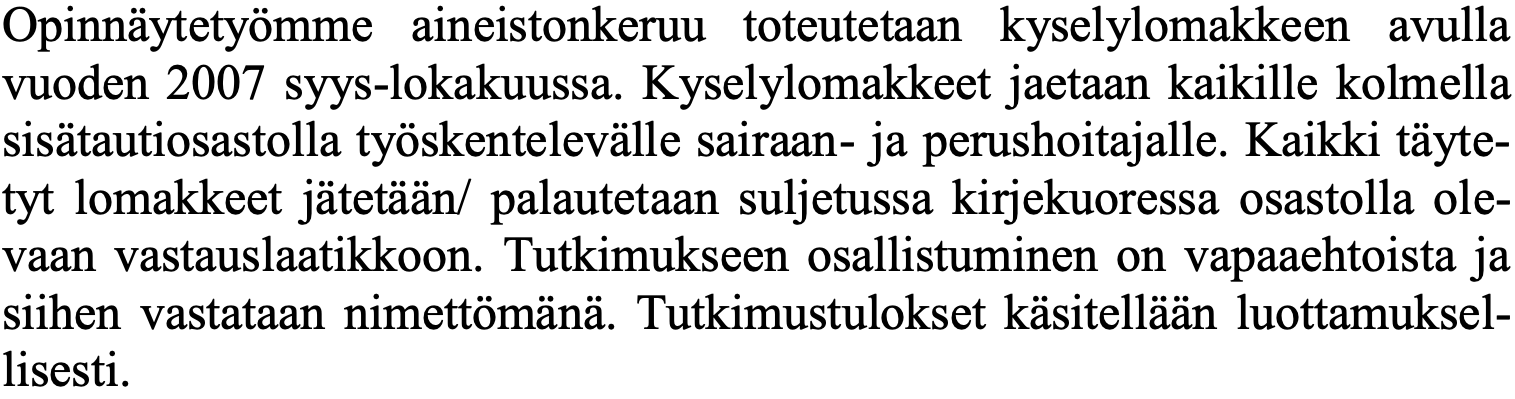
Opinnäytetyömme aineistonkeruu toteutetaan kyselylomakkeen avulla vuoden 2007 syys-lokakuussa. Kyselylomakkeet jaetaan kaikille kolmella sisätautiosastolla työskentelevälle sairaan- ja perushoitajalle. Kaikki täyte- tyt lomakkeet jätetään/ palautetaan suljetussa kirjekuoressa osastolla ole- vaan vastauslaatikkoon. Tutkimukseen osallistuminen on vapaaehtoista ja siihen vastataan nimettömänä. Tutkimustulokset käsitellään luottamuksel- lisesti.